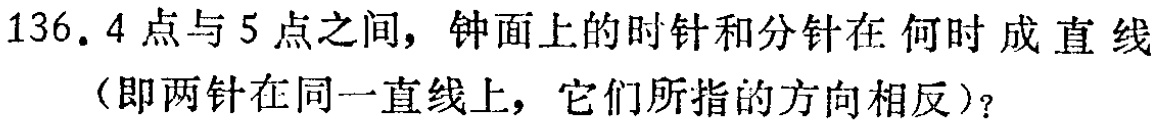
136. 4点与5点之间，钟面上的时针和分针在何时成直线（即两针在同一直线上，它们所指的方向相反）？